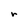
Character: r